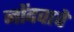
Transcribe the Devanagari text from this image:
नोंदवावे